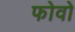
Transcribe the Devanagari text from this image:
फोवो